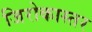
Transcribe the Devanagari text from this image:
जिरोकास्तर